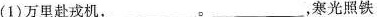
(1)万里赴戎机，______。______，寒光照铁